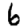
Digit: 6